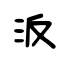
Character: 汳